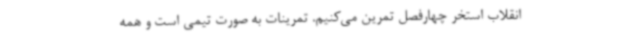
انقلاب استخر چهارفصل تمرین می‌کنیم. تمرینات به صورت تیمی است و همه